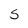
Character: S